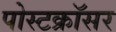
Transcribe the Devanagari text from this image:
पोस्टक्रॉसर